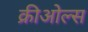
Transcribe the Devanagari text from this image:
क्रीओल्स